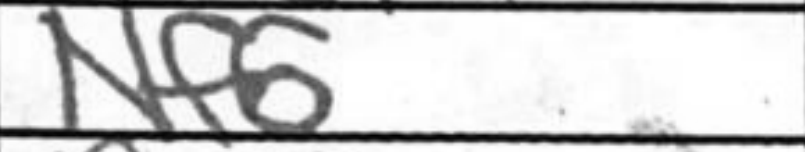
Transcription: Nf6